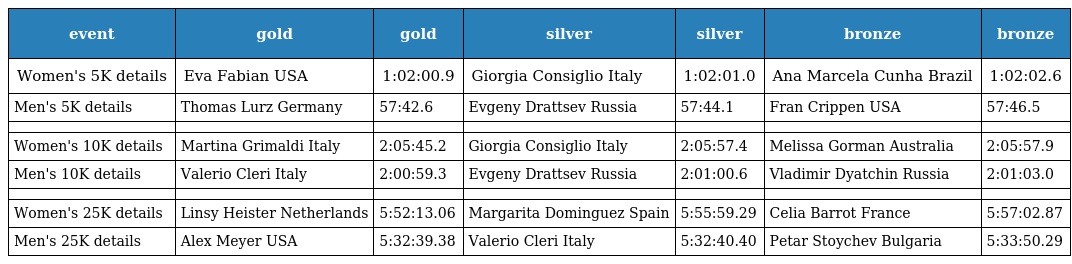
| event | gold | gold | silver | silver | bronze | bronze |
 | --- | --- | --- | --- | --- | --- | --- |
 | Women's 5K details | Eva Fabian USA | 1:02:00.9 | Giorgia Consiglio Italy | 1:02:01.0 | Ana Marcela Cunha Brazil | 1:02:02.6 |
 | Men's 5K details | Thomas Lurz Germany | 57:42.6 | Evgeny Drattsev Russia | 57:44.1 | Fran Crippen USA | 57:46.5 |
 |  |  |  |  |  |  |  |
 | Women's 10K details | Martina Grimaldi Italy | 2:05:45.2 | Giorgia Consiglio Italy | 2:05:57.4 | Melissa Gorman Australia | 2:05:57.9 |
 | Men's 10K details | Valerio Cleri Italy | 2:00:59.3 | Evgeny Drattsev Russia | 2:01:00.6 | Vladimir Dyatchin Russia | 2:01:03.0 |
 |  |  |  |  |  |  |  |
 | Women's 25K details | Linsy Heister Netherlands | 5:52:13.06 | Margarita Dominguez Spain | 5:55:59.29 | Celia Barrot France | 5:57:02.87 |
 | Men's 25K details | Alex Meyer USA | 5:32:39.38 | Valerio Cleri Italy | 5:32:40.40 | Petar Stoychev Bulgaria | 5:33:50.29 |